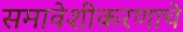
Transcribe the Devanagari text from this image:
समावेशीकरणाचे